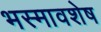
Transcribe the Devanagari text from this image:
भस्मावशेष